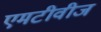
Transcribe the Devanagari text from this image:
एमटीवीज